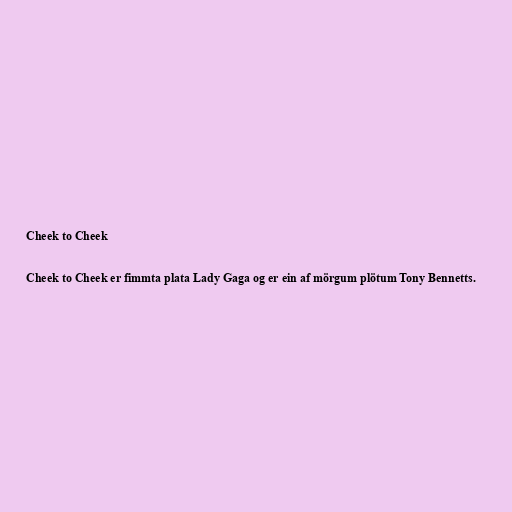
Cheek to Cheek

Cheek to Cheek er fimmta plata Lady Gaga og er ein af mörgum plötum Tony Bennetts.